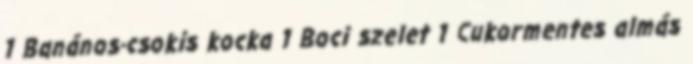
1 Banános-csokis kocka 1 Boci szelet 1 Cukormentes almás